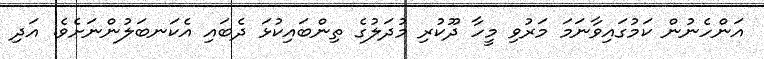
އަންހެނުން ކަމުގައިވާނަމަ މަރުވި މީހާ ދޫކުރި މުދަލުގެ ތިންބައިކުޅަ ދެބައި އެކަނބަލުންނަށެވެ. އަދި